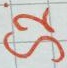
Text: S2